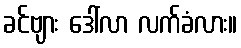
ခင်ဗျား ဒေါ်လာ လက်ခံလား။